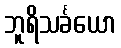
ဘူရိသင်္ခယော